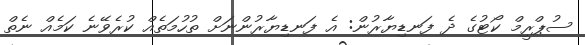
ސުޕްރީމް ކޯޓުގެ ދެ ފަނޑިޔާރުން: އެ ފަނޑިޔާރުންނަށް ތުހުމަތެއް ކުރެވޭނެ ކަމެއް ނެތް